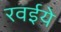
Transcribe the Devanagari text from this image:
रवईये